Regulations for the medical services of the Army of India
Year: 1930
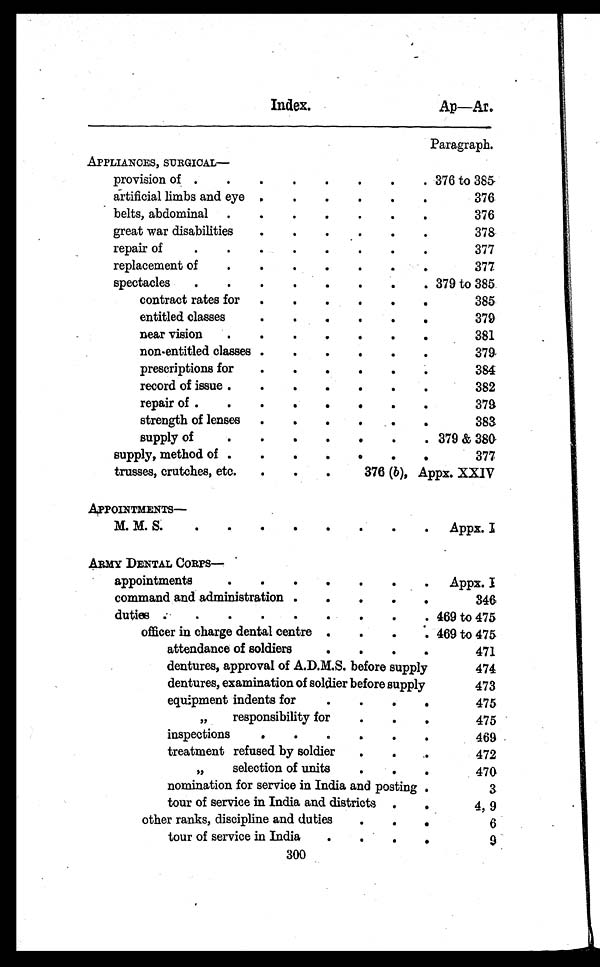
Index.
Ap—Ar.
Paragraph.
APPLIANCES, SURGICAL
—
provision of .
.
.
.
.
.
.
. 376 to 385-
artificial limbs and eye .
. . . . .
376
belts, abdominal .
.
.
.
.
.
.
376
great war disabilities
.
. . . . .
378
repair of
.
.
.
. . . . .
377
replacement of
.
.
. . . . .
377
spectacles
.
.
.
.
.
.
.
. 379 to 385.
contract rates for
.
.
. . . .
385
entitled classes
.
.
.
.
.
.
379
near vision
.
.
.
.
.
.
381
non-entitled classes .
.
.
.
.
.
379
prescriptions for
.
. . . . .
384
record of issue .
.
. .
.
.
.
382
repair of .
.
.
. .
.
.
.
379
strength of lenses
.
. .
.
.
383
supply of
.
. . . . . . 379 & 3 8 0
supply, method of .
.
. .
. . .
377
trusses, crutches, etc.
.
. .
376 (b), Appx. XXIV
APPOINTMENTS —
M. M. S.
.
.
.
.
.
.
.
.
Appx. I
ARMY DENTAL CORPS-
appointments
.
.
.
.
.
.
. Appx. I
command and administration .
.
.
. .
346
duties .
. . . . . . . . 469 to 475
officer in charge dental centre .
.
.
. 469 to 475
attendance of soldiers
. .
.
.
471
dentures, approval of A.D.M.S. before supply
474
dentures, examination of soldier before supply
473
equipment indents for
.
. .
475
,,
responsibility for
•
•
•
475
inspections
. .
. . .
469
treatment refused by soldier
.
. .
472
,,
selection of units
.
.
.
470
nomination for service in India and posting .
3
tour of service in India and districts
.
4, 9
other ranks, discipline and duties
. .
6
tour of service in India
.
. .
9
300